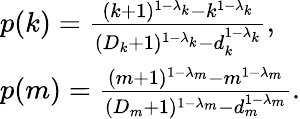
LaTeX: \begin{array}{l}{p(k)=\frac{(k+1)^{1-\lambda_{k}}-k^{1-\lambda_{k}}}{(D_{k}+1)^{1-\lambda_{k}}-d_{k}^{1-\lambda_{k}}},}\\ {p(m)=\frac{(m+1)^{1-\lambda_{m}}-m^{1-\lambda_{m}}}{(D_{m}+1)^{1-\lambda_{m}}-d_{m}^{1-\lambda_{m}}}.}\end{array}